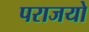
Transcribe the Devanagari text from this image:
पराजयो